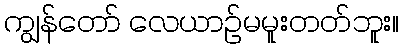
ကျွန်တော် လေယာဉ်မမူးတတ်ဘူး။